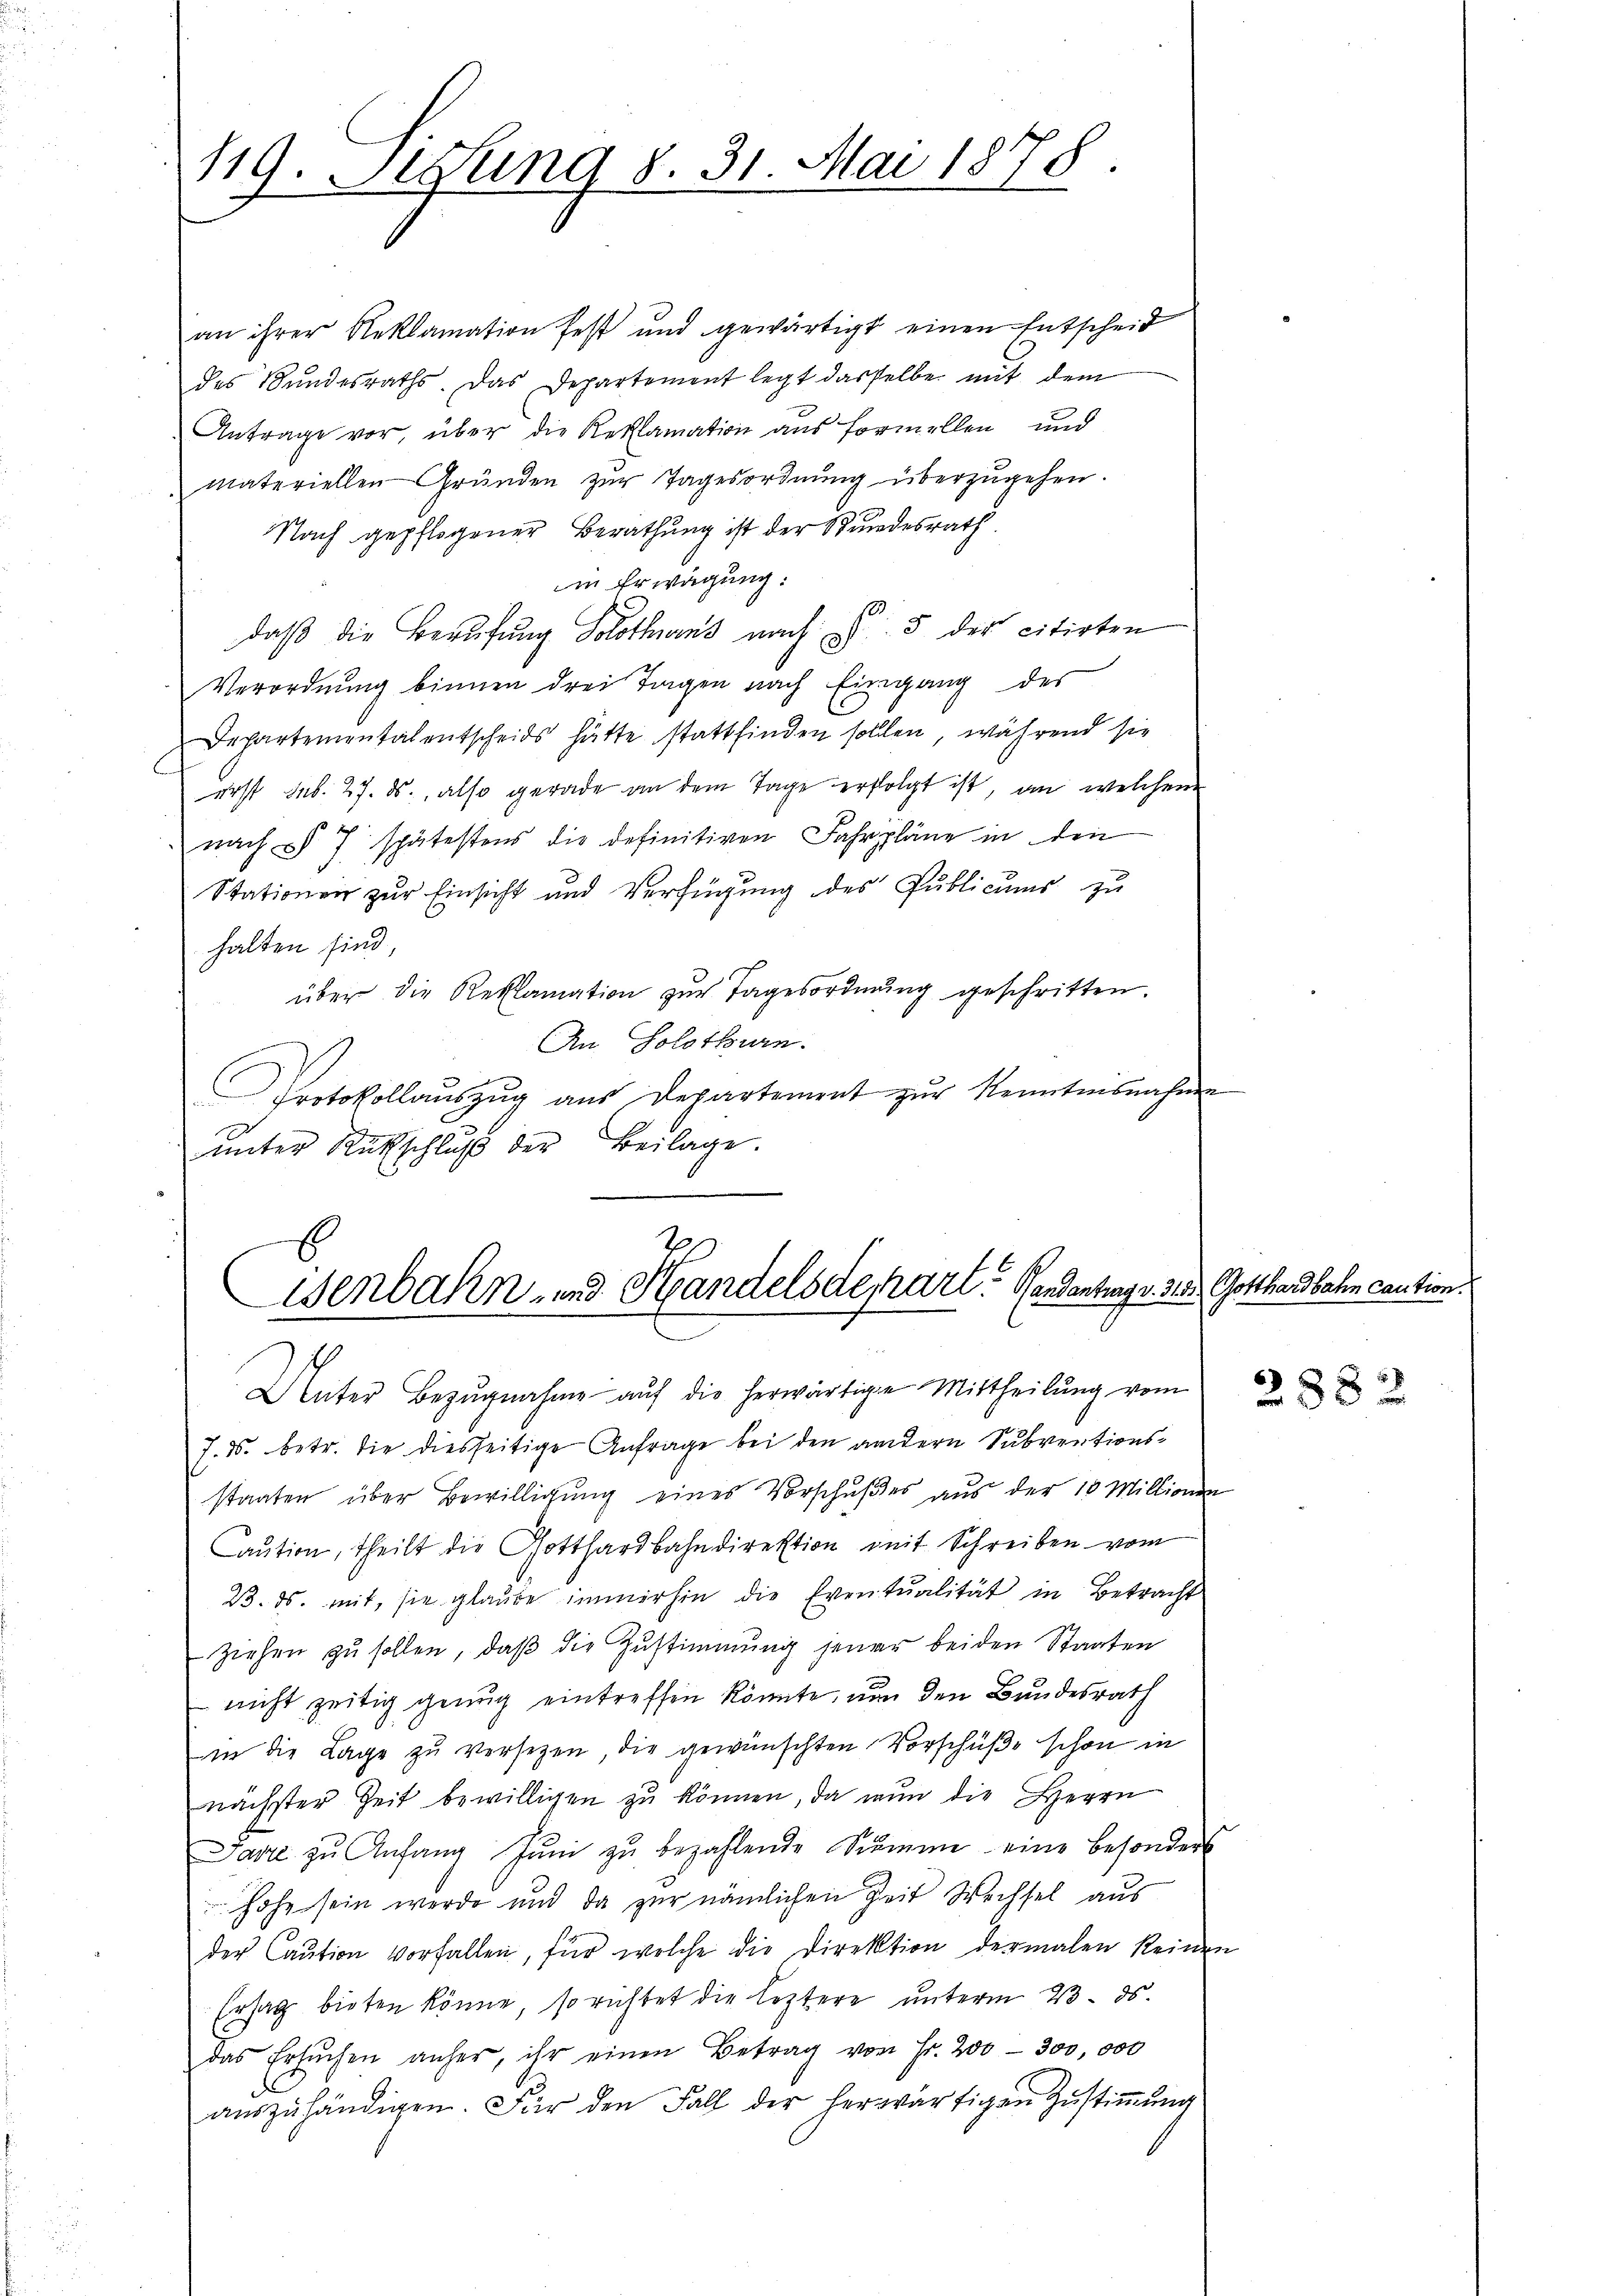
119. Segung 8. 31. Mai 1878.

an ihrer Reklamation fest und gewärtigt einen Entscheid
des Bundesraths. Das Departement legt dasselbe mit dem
Antrage vor über die Reklamation aus formellen und
materiellen Gründen zŭr Tagesordnŭng überzŭgehen.
Nach gepflogener Berathung ist der Bundesrath
in Erwägung:
daβ die Berufung Solothans nach u. 5 des citirten
Verordnŭng binnen drei Tagen nach Eingang des
Departementalentscheids hätte stattfinden sollen, während sie
erst sub. 27. ds., also gerade an dem Tage erfolgt ist, an welchem
nach § 7 spätestens die definitiven Fahrpläne in den
Stationen zur Einsicht und Verfügung des Publicums zu
halten sind,
über die Reklamation zŭr Tagesordnung geschritten.
An Solothurn.
Protokollaŭszŭg aŭs Departement zŭr Kenntnisnahme
ŭnter Rutschlŭβ der Beilage.

x
Wenbahn- und Handelsdenart. Gendantung d. 25.
x

Caŭtion, theilt die Gotthardbahndirektion mit Schreiben vom
23. ds. mit, sie glaube immerhin die Eventualität in Betracht
ziehen zu sollen, daß die Zustimmung jener beiden Staaten
nicht zeitig genug eintreffen könnte, um den Bundesrath
in die Lage zu versetzen die gewünschten Vorschüße schon in
nächster Zeit bewilligen zu können, da nun die Herrn
arre zu Anfang Jŭni zŭ bezahlende Summe eine besonders
hohe sein werde und da zur nämlichen Zeit Wechsel aus
der Caution vorfallen, für welche die Direktion dermalen keinen
Ersag bieten könne, so richtet die leztere unterm 23. ds.
das Ersuchen anher, ihr einen Betrag von Fr. 200 - 300,000
aŭszŭhändigen. Für den Fall der herwärtigen Zŭstiṁŭng

Unter Bezugnahme auf die herwärtige Mittheilung vom
7. 15. betr. die diesseitige Anfrage bei den andern Subventionsstaaten über Bewilligung eines Vorschußes aus der 10 Millionen

7

Gotthardbahn caution.

2882